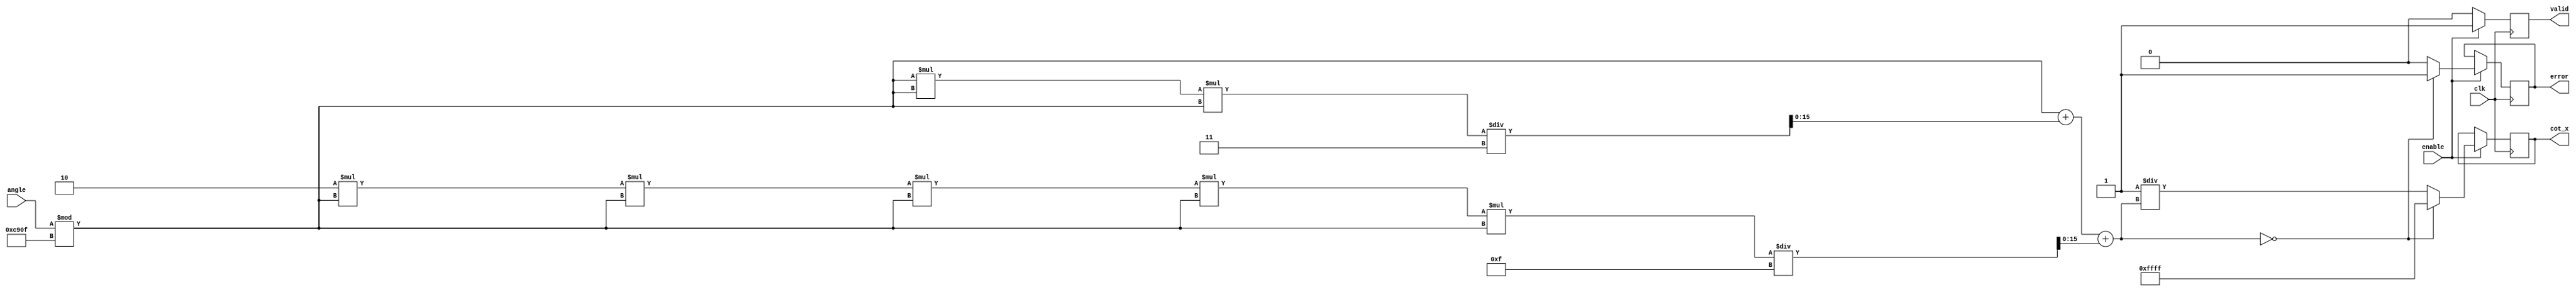
module cotangent (
    input wire [15:0] angle, // Input angle in fixed-point format (16 bits)
    input wire clk,
    input wire enable,
    output reg [15:0] cot_x, // Output cotangent value in fixed-point format
    output reg valid,        // Output valid signal
    output reg error         // Output error signal for division by zero
);

    // Internal signals
    reg [15:0] tan_x;
    reg [15:0] reciprocal;
    reg [15:0] normalized_angle;

    // Constants
    parameter PI = 16'hC90F; // Fixed-point representation of  (approx. 3.14159)
    parameter TWO_PI = 16'hC90F; // Fixed-point representation of 2 (approx. 6.28318)
    parameter ERROR_CODE = 16'hFFFF; // Error code for division by zero

    // Function to calculate tangent using a Taylor series approximation
    function [15:0] tan_function(input [15:0] x);
        begin
            // Simple approximation: tan(x) = x + (x^3)/3 + (2*x^5)/15
            tan_function = x + (x * x * x) / 16'h0003 + (2 * x * x * x * x * x) / 16'h000F; // Fixed-point division
        end
    endfunction

    // Main computation block
    always @(posedge clk) begin
        if (enable) begin
            // Normalize angle to [0, 2]
            normalized_angle = angle % TWO_PI;

            // Calculate tangent
            tan_x = tan_function(normalized_angle);

            // Check for division by zero
            if (tan_x == 0) begin
                cot_x = ERROR_CODE; // Return error code
                error = 1;          // Set error flag
            end else begin
                reciprocal = 16'h0001 / tan_x; // Calculate reciprocal
                cot_x = reciprocal; // Store cotangent output
                error = 0;          // Clear error flag
            end
            
            valid = 1; // Set valid signal
        end else begin
            valid = 0; // Clear valid signal when not enabled
        end
    end
endmodule